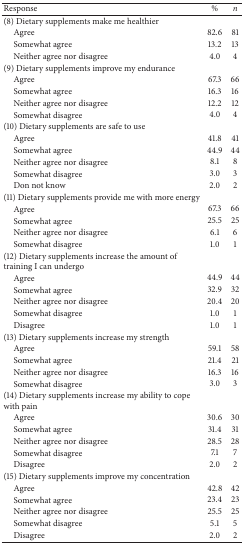
<table><thead><tr><td><b>Response</b></td><td><b>%</b></td><td><b><i>n </i></b></td></tr></thead><tbody><tr><td>(8) Dietary supplements make me healthier</td><td> </td><td> </td></tr><tr><td> Agree</td><td>82.6</td><td>81</td></tr><tr><td> Somewhat agree </td><td>13.2</td><td>13</td></tr><tr><td> Neither agree nor disagree </td><td>4.0</td><td>4</td></tr><tr><td>(9) Dietary supplements improve my endurance</td><td> </td><td> </td></tr><tr><td> Agree</td><td>67.3</td><td>66</td></tr><tr><td> Somewhat agree </td><td>16.3</td><td>16</td></tr><tr><td> Neither agree nor disagree </td><td>12.2</td><td>12</td></tr><tr><td> Somewhat disagree </td><td>4.0</td><td>4</td></tr><tr><td>(10) Dietary supplements are safe to use</td><td> </td><td> </td></tr><tr><td> Agree</td><td>41.8</td><td>41</td></tr><tr><td> Somewhat agree </td><td>44.9</td><td>44</td></tr><tr><td> Neither agree nor disagree </td><td>8.1</td><td>8</td></tr><tr><td> Somewhat disagree </td><td>3.0</td><td>3</td></tr><tr><td> Don not know </td><td>2.0</td><td>2</td></tr><tr><td>(11) Dietary supplements provide me with more energy</td><td> </td><td> </td></tr><tr><td> Agree</td><td>67.3</td><td>66</td></tr><tr><td> Somewhat agree </td><td>25.5</td><td>25</td></tr><tr><td> Neither agree nor disagree </td><td>6.1</td><td>6</td></tr><tr><td> Somewhat disagree </td><td>1.0</td><td>1</td></tr><tr><td>(12) Dietary supplements increase the amount of training I can undergo</td><td> </td><td> </td></tr><tr><td> Agree</td><td>44.9</td><td>44</td></tr><tr><td> Somewhat agree </td><td>32.9</td><td>32</td></tr><tr><td> Neither agree nor disagree </td><td>20.4</td><td>20</td></tr><tr><td> Somewhat disagree </td><td>1.0</td><td>1</td></tr><tr><td> Disagree</td><td>1.0</td><td>1</td></tr><tr><td>(13) Dietary supplements increase my strength</td><td> </td><td> </td></tr><tr><td> Agree</td><td>59.1</td><td>58</td></tr><tr><td> Somewhat agree </td><td>21.4</td><td>21</td></tr><tr><td> Neither agree nor disagree </td><td>16.3</td><td>16</td></tr><tr><td> Somewhat disagree </td><td>3.0</td><td>3</td></tr><tr><td>(14) Dietary supplements increase my ability to cope with pain</td><td> </td><td> </td></tr><tr><td> Agree</td><td>30.6</td><td>30</td></tr><tr><td> Somewhat agree </td><td>31.4</td><td>31</td></tr><tr><td> Neither agree nor disagree </td><td>28.5</td><td>28</td></tr><tr><td> Somewhat disagree </td><td>7.1</td><td>7</td></tr><tr><td> Disagree</td><td>2.0</td><td>2</td></tr><tr><td>(15) Dietary supplements improve my concentration</td><td> </td><td> </td></tr><tr><td> Agree</td><td>42.8</td><td>42</td></tr><tr><td> Somewhat agree </td><td>23.4</td><td>23</td></tr><tr><td> Neither agree nor disagree </td><td>25.5</td><td>25</td></tr><tr><td> Somewhat disagree </td><td>5.1</td><td>5</td></tr><tr><td> Disagree</td><td>2.0</td><td>2</td></tr></tbody></table>